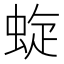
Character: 蜁